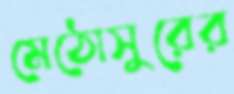
মেঠোসুরের